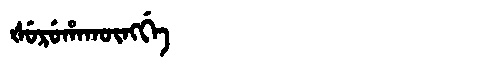
Manchu: ᡧᡠᡵᡠᡥᠠᡴᡡᠩᡤᡝ
Romanization: ŠURUHAKŪNGGE